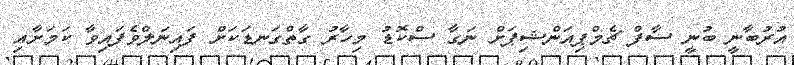
އުރުބާނީ ބުނީ ސާފް ޗެމްޕިއަންޝިޕަށް ނަގާ ސްކޮޑު މިހާރު ގާތްގަނޑަކަށް ފައިނަލްވެފައިވާ ކަމަށާއި